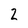
Character: 2